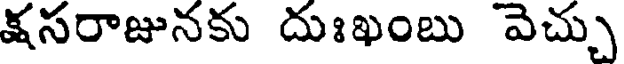
క్షసరాజునకు దుఃఖంబు వెచ్చు